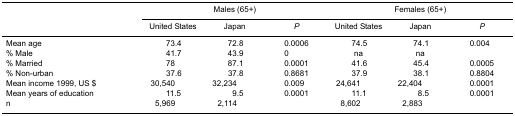
<table><thead><tr><td rowspan="3"></td><td colspan="3"><b>Males (65+)</b></td><td colspan="3"><b>Females (65+)</b></td></tr><tr><td><b>United States</b></td><td><b>Japan</b></td><td><b><i>P</i></b></td><td><b>United States</b></td><td><b>Japan</b></td><td><b><i>P</i></b></td></tr></thead><tbody><tr><td>Mean age</td><td>73.4</td><td>72.8</td><td>0.0006</td><td>74.5</td><td>74.1</td><td>0.004</td></tr><tr><td>% Male</td><td>41.7</td><td>43.9</td><td>0</td><td>na</td><td>na</td><td></td></tr><tr><td>% Married</td><td>78</td><td>87.1</td><td>0.0001</td><td>41.6</td><td>45.4</td><td>0.0005</td></tr><tr><td>% Non-urban</td><td>37.6</td><td>37.8</td><td>0.8681</td><td>37.9</td><td>38.1</td><td>0.8804</td></tr><tr><td>Mean income 1999, US $</td><td>30,540</td><td>32,234</td><td>0.009</td><td>24,641</td><td>22,404</td><td>0.0001</td></tr><tr><td>Mean years of education</td><td>11.5</td><td>9.5</td><td>0.0001</td><td>11.1</td><td>8.5</td><td>0.0001</td></tr><tr><td>n</td><td>5,969</td><td>2,114</td><td></td><td>8,602</td><td>2,883</td><td></td></tr></tbody></table>